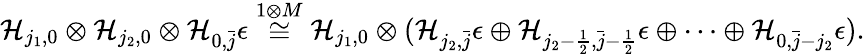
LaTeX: \mathcal{H}_{j_{1},0}\otimes\mathcal{H}_{j_{2},0}\otimes\mathcal{H}_{0,\bar{j}}\epsilon\overset{1\otimes M}{\cong}\mathcal{H}_{j_{1},0}\otimes(\mathcal{H}_{j_{2},\bar{j}}\epsilon\oplus\mathcal{H}_{j_{2}-\frac{1}{2},\bar{j}-\frac{1}{2}}\epsilon\oplus\dots\oplus\mathcal{H}_{0,\bar{j}-j_{2}}\epsilon).